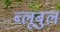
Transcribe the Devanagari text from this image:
ब्लूबुल